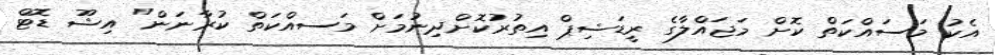
އެކު މަސައްކަތް ކޮށް މަޖައްލާގެ ރީޑަޝިޕް އިތުރުކޮށްދިނުމަށް މަސއްކަތް ކުރާނަން" އިޝޫ ޑޮޓް